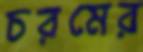
চরমের